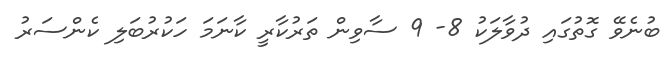
ބުނެވޭ ގޮތުގައި ދުވާލަކު 8- 9 ސާވިން ތަރުކާރީ ކާނަމަ ހަކުރުބަލި ކެންސަރު